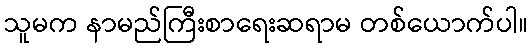
သူမက နာမည်ကြီးစာရေးဆရာမ တစ်ယောက်ပါ။